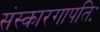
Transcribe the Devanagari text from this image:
संस्कारगापतिः